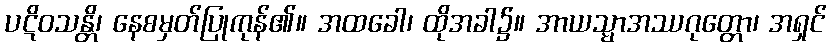
ပဋိဝသန္တိ၊ နေစမှတ်ပြုကုန်၏။ အထခေါ၊ ထိုအခါ၌။ အာယသ္မာအဿဂုတ္တော၊ အရှင်